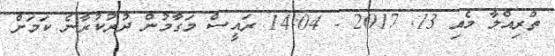
ތްރިއްލާ މެއި 13